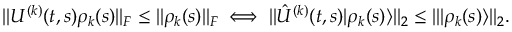
\| U ^ { ( k ) } ( t , s ) \rho _ { k } ( s ) \| _ { F } \le \| \rho _ { k } ( s ) \| _ { F } \iff \| \hat { U } ^ { ( k ) } ( t , s ) | \rho _ { k } ( s ) \rangle \| _ { 2 } \le \| | \rho _ { k } ( s ) \rangle \| _ { 2 } .